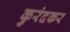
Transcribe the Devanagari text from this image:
कुरंदकर